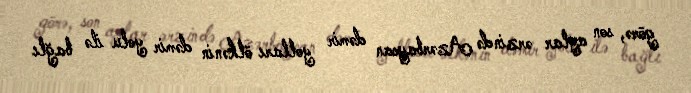
görə, son aylar ərzində Azərbaycan dəmir yolları ölkənin dəmir yolu ilə bağlı